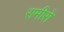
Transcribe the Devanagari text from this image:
रामीरो